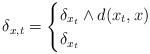
LaTeX: \begin{align*}\delta_{x, t}=\begin{cases}\delta_{x_t}\wedge d(x_t, x) &\\\delta_{x_t} &\end{cases}\end{align*}